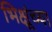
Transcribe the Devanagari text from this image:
भिक्षूंच्या